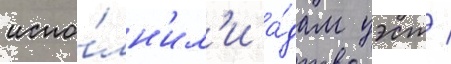
испо́лн'ил'и а́дам уэст /